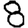
Digit: 8